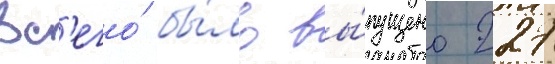
Вс'его́ бы́ло вы́пущено 227